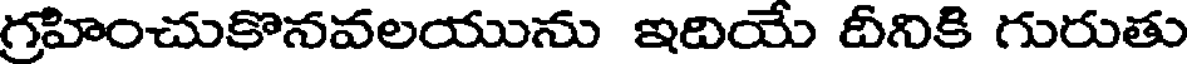
గ్రహించుకొనవలయును ఇదియే దీనికి గురుతు